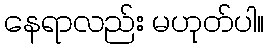
နေရာလည်း မဟုတ်ပါ။